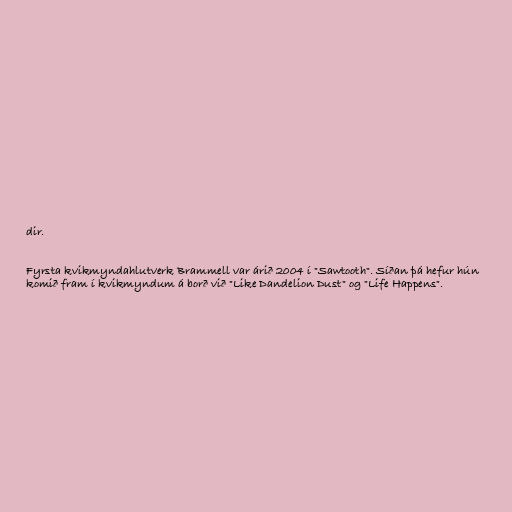
dir.

Fyrsta kvikmyndahlutverk Brammell var árið 2004 í "Sawtooth". Síðan þá hefur hún
komið fram í kvikmyndum á borð við "Like Dandelion Dust" og "Life Happens".